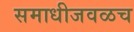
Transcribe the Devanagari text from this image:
समाधीजवळच